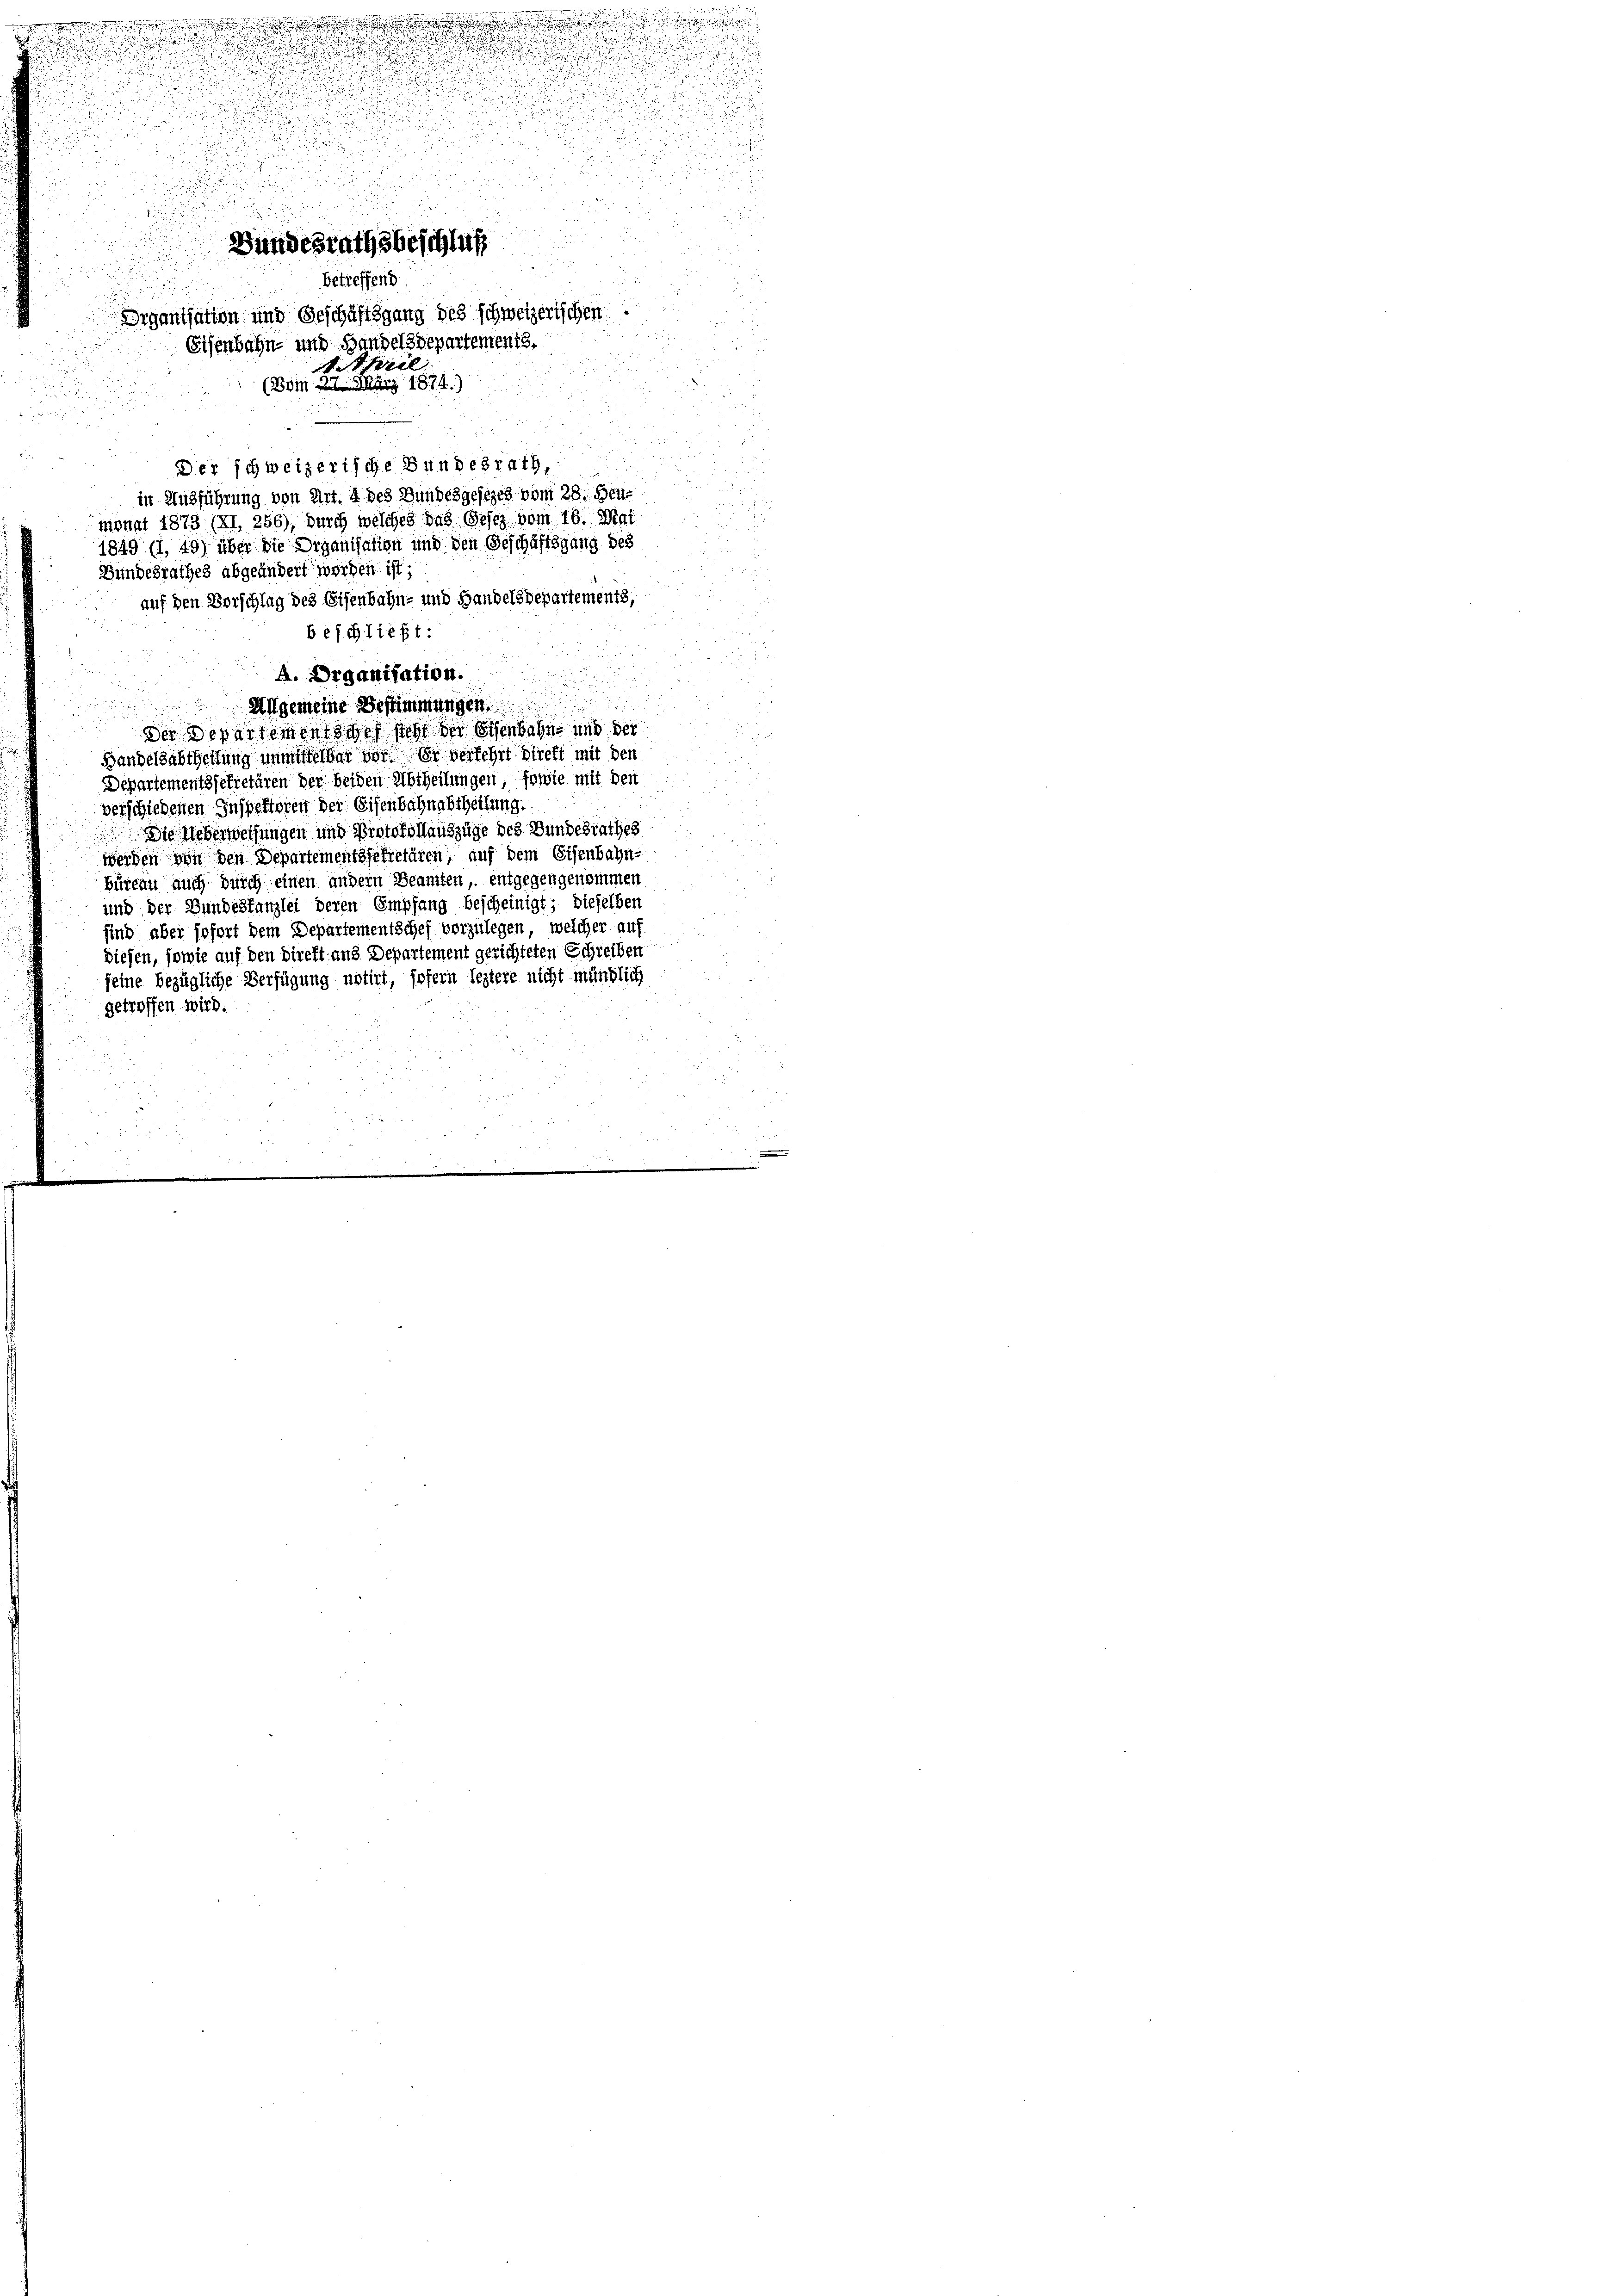
u
Bundesrathsbeschluß
betreffend
Organisation und Geschäftigung des schweizerischen
Eisenbahn- und Handelsdepartements.
d. Thiel
(Bom 21. März 1874.)
e

i
e
g
Der schweizerische Bundesrath,
in Ausführung von Art. 4 des Bundesgesezes vom 28. Heu-
monat 1873 (II, 256), durch welches das Gesez vom 16. Mai
1849 (1, 49) über die Organisation und den Geschäftsgang des
u
Bundesrathes abgeändert worden ist;

.
s
Allgemeine Bestimmungen
Der Departementore steht der Eisenbahn- und der
Handelsabtheilung unmittelbar vor er verlehrt direkt mit den
Departementssekretären der beiden Abtheilungen, sowie mit den
verschiedenen Inspektoren der Eisenbahnabtheilung.
Die Ueberweisungen und Protokollauszüge des Bundesrathes
werden von den Departementssekretären, auf dem Eisenbahn-
büreau auch durch einen andern Beamten, entgegengenommen
und der Bundestanzlei deren Empfang bescheinigt; dieselben
sind aber sofort dem Departementschef vorzulegen, welcher auf
diesen, sowie auf den Direkt ans Departement gerichteten Schreiben
seine bezügliche Verfügung notirt, sofern leztere nicht mündlich
getroffen wird.
.
e

auf den Vorschlag des Eisenbahn- und Handelsdepartements,
beschließt:
A. Organisation.

e